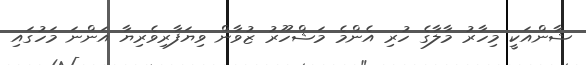
ޝާންއަކީ މިހާރު މާލާގެ ހުރި އެންމެ މަޝްހޫރު ޒުވާން ވިޔަފާރިވެރިޔާ އަންނަ މަހުގައި